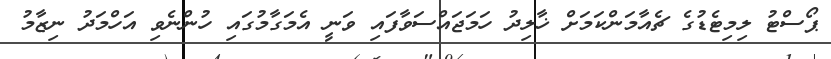
ޕޯސްޓު ލިމިޓެޑުގެ ޗެއާމަންކަމަށް ޚާލިދު ހަމަޖައްސަވާފައި ވަނީ އެމަގާމުގައި ހުންނެވި އަހްމަދު ނިޒާމު